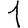
Digit: 1